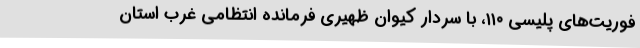
فوریت‌های پلیسی ۱۱۰، با سردار کیوان ظهیری فرمانده انتظامی غرب استان